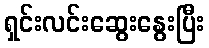
ရှင်းလင်းဆွေးနွေးပြီး